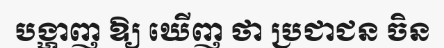
បង្ហាញ ឱ្យ ឃើញ ថា ប្រជាជន ចិន